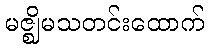
မဇ္ဈိမသတင်းထောက်